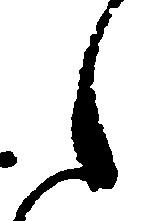
之